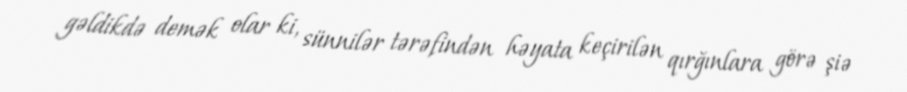
gəldikdə demək olar ki, sünnilər tərəfindən həyata keçirilən qırğınlara görə şiə